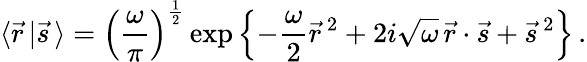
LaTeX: \langle\vec{r}\, \vert\vec{s}\, \rangle=\left({\frac{\omega}{\pi}}\right)^{\frac{1}{2}}\exp\left\{ -{\frac{\omega}{2}}\vec{r}^{\, 2}+2i\sqrt\omega\, \vec{r}\cdot\vec{s}+\vec{s}^{\, 2}\right\} \, .